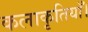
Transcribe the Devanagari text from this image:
कलाकृतियाँ।